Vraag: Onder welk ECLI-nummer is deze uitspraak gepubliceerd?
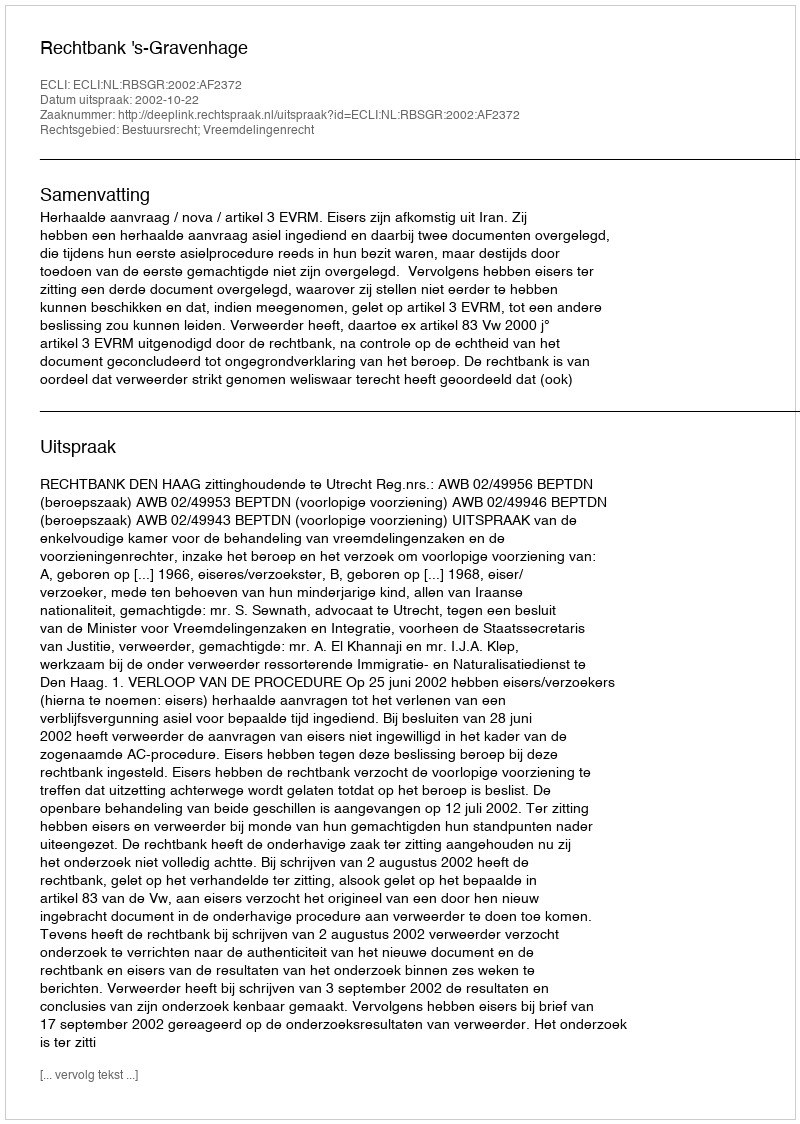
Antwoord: ECLI:NL:RBSGR:2002:AF2372